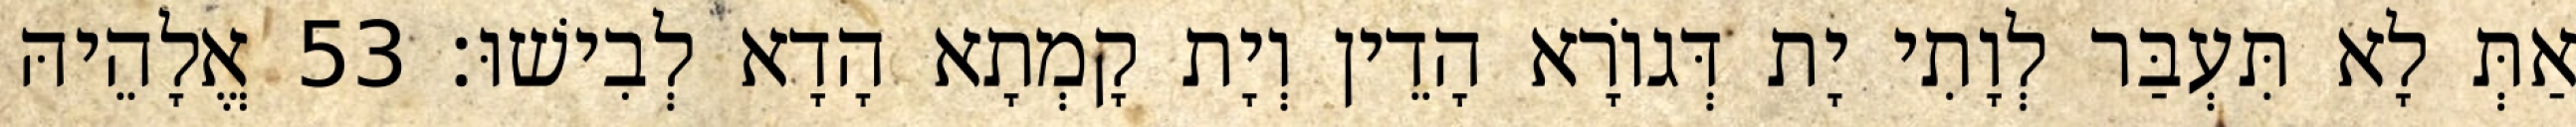
אַתְּ לָא תִּעְבַּר לְוָתִי יָת דְּגוֹרָא הָדֵין וְיָת קָמְתָא הָדָא לְבִישׁוּ׃ 53 אֱלָהֵיהּ